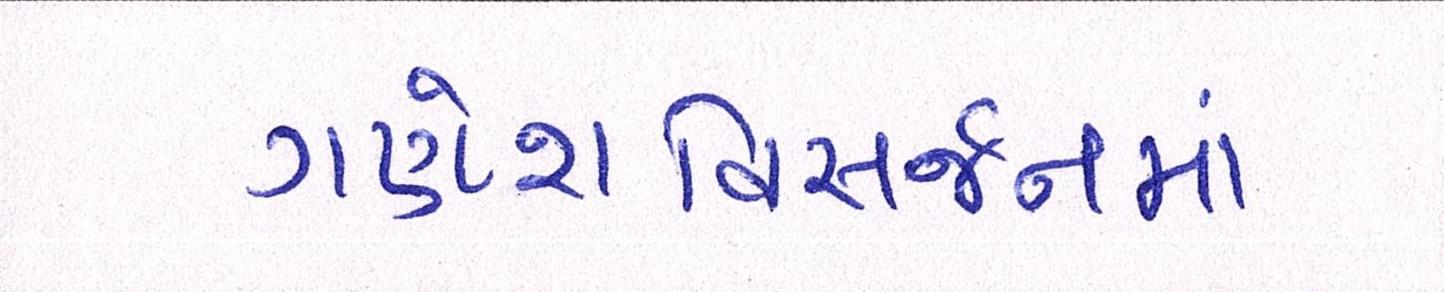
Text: ગણેશવિસર્જનમાં